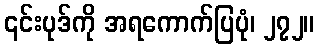
၎င်းပုဒ်ကို အရကောက်ပြပုံ၊ ၂၇၂။